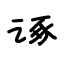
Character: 诼